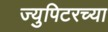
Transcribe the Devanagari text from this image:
ज्युपिटरच्या